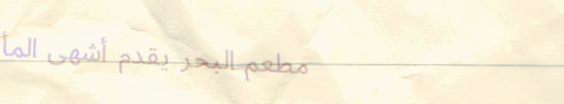
مطعم البحر يقدم أشهى المأ